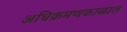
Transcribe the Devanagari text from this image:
अधिक्रमणकाळात